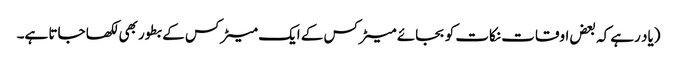
(یاد رہے کہ بعض اوقات نکات کو بجائے میٹرکس کے ایک میٹرکس کے بطور بھی لکھا جاتا ہے۔